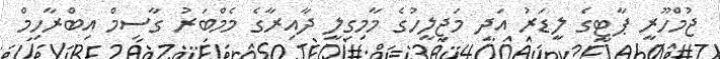
ޖުމްހޫރީ ޕާޓީގެ ލީޑަރު އަދި މަޖިލީހުގެ މާމިގިލީ ދާއިރާގެ މެމްބަރު ގާސިމް އިބްރާހިމް